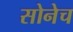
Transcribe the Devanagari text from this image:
सोनेच